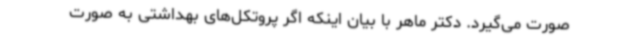
صورت می‌گیرد. دکتر ماهر با بیان اینکه اگر پروتکل‌های بهداشتی به صورت